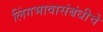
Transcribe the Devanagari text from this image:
लिंगभावासंबंधीचे